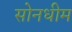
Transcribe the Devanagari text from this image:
सोनधीम